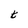
Character: t